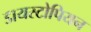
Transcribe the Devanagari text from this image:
डायस्टोपियन